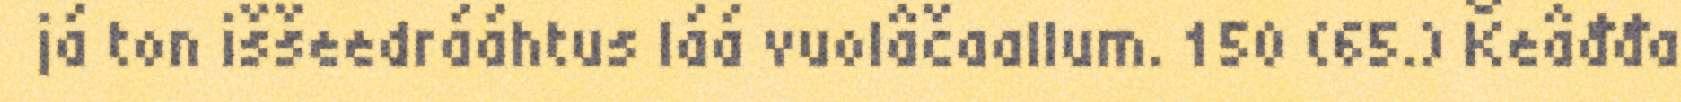
já ton iššeedrááhtus láá vuolâčaallum. 150 (65.) Ǩeâđđa